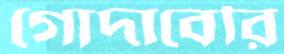
গোদাবেরি